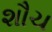
શૌચ